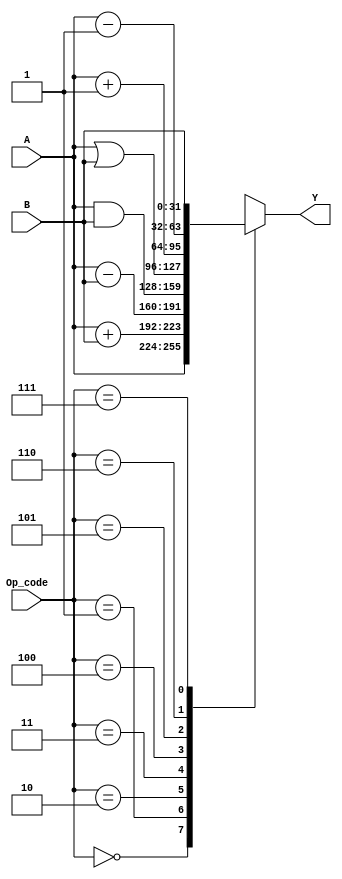
//! \file        AAC2M4H1.vhd
//!
//! \brief
//!
//!
//! \author      Uriel Abe Contardi
//! \date        01-04-2024
//!
//! \version     1.0
//!
//! \copyright   Copyright (c) 2024 - All Rights reserved.
//!
//! \note        Target devices: No specific target
//! \note        Tool versions: No specific tool
//! \note        Dependencies: No specific dependencies
//!
//! \ingroup
//! \warning     None
//!
//! \note        Revisions:
//!             - 1.0   01-04-2024
//!				First revision.
module ALU (
    input [2:0] Op_code,
    input [31:0] A, B,
    output reg [31:0] Y
  );

	always@(*)
  	begin
  	  case(Op_code)
  	    3'b000 : Y = A;
  	    3'b001 : Y = A+B;
  	    3'b010 : Y = A-B;
  	    3'b011 : Y = (A & B);
  	    3'b100 : Y = (A |B);
  	    3'b101 : Y = A+1;
  	    3'b110 : Y = A-1;
  	    3'b111 : Y = B;
  	    default:
  	      Y = 32'b0;
  	  endcase
  	end

endmodule